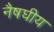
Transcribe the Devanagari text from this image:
नैषघीय